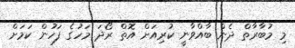
މި މުބާރާތް ދެން ބާއްވާނީ ކުރިއަށް އޮތް ރޯދަ މަހުގެ ފަހުން ކަމަށް